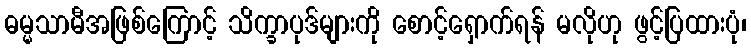
ဓမ္မသာမီအဖြစ်ကြောင့် သိက္ခာပုဒ်များကို စောင့်ရှောက်ရန် မလိုဟု ဖွင့်ပြထားပုံ၊